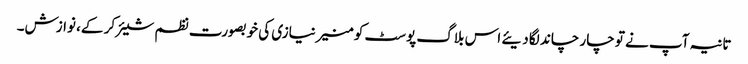
تانیہ آپ نے تو چار چاند لگا دیئے اس بلاگ پوسٹ کو منیر نیازی کی خوبصورت نظم شیئر کر کے، نوازش۔